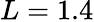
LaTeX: L=1.4